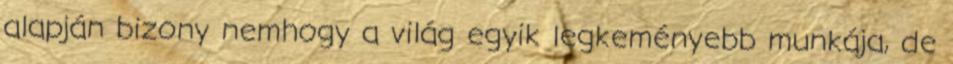
alapján bizony nemhogy a világ egyik legkeményebb munkája, de